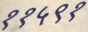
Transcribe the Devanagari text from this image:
११५९१